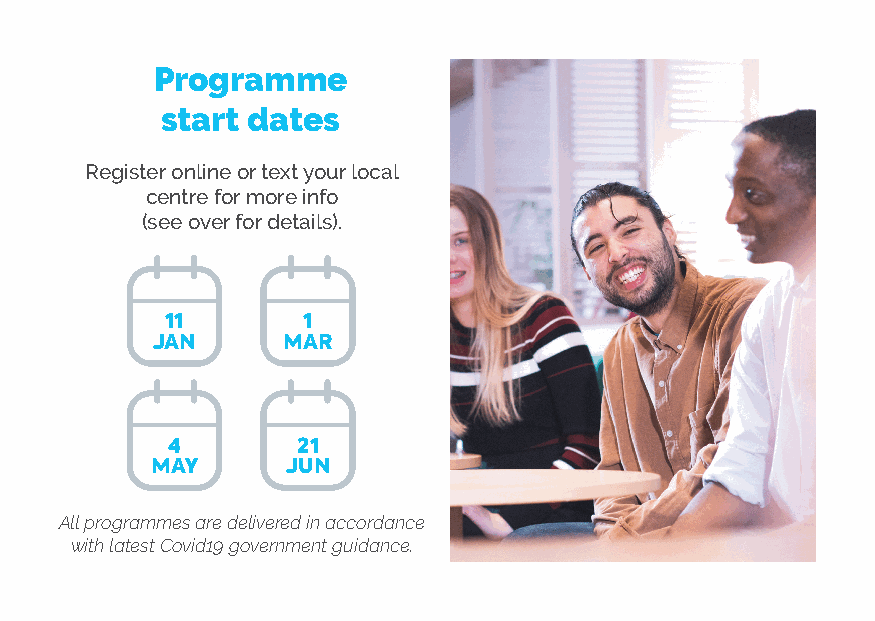
Programme
 start dates
 Register online or text your local
 centre for more info
 (see over for details).
 11       1
 JAN      MAR
 4        21
 MAY      JUN
 All programmes are delivered in accordance
 with latest Covid19 government guidance.